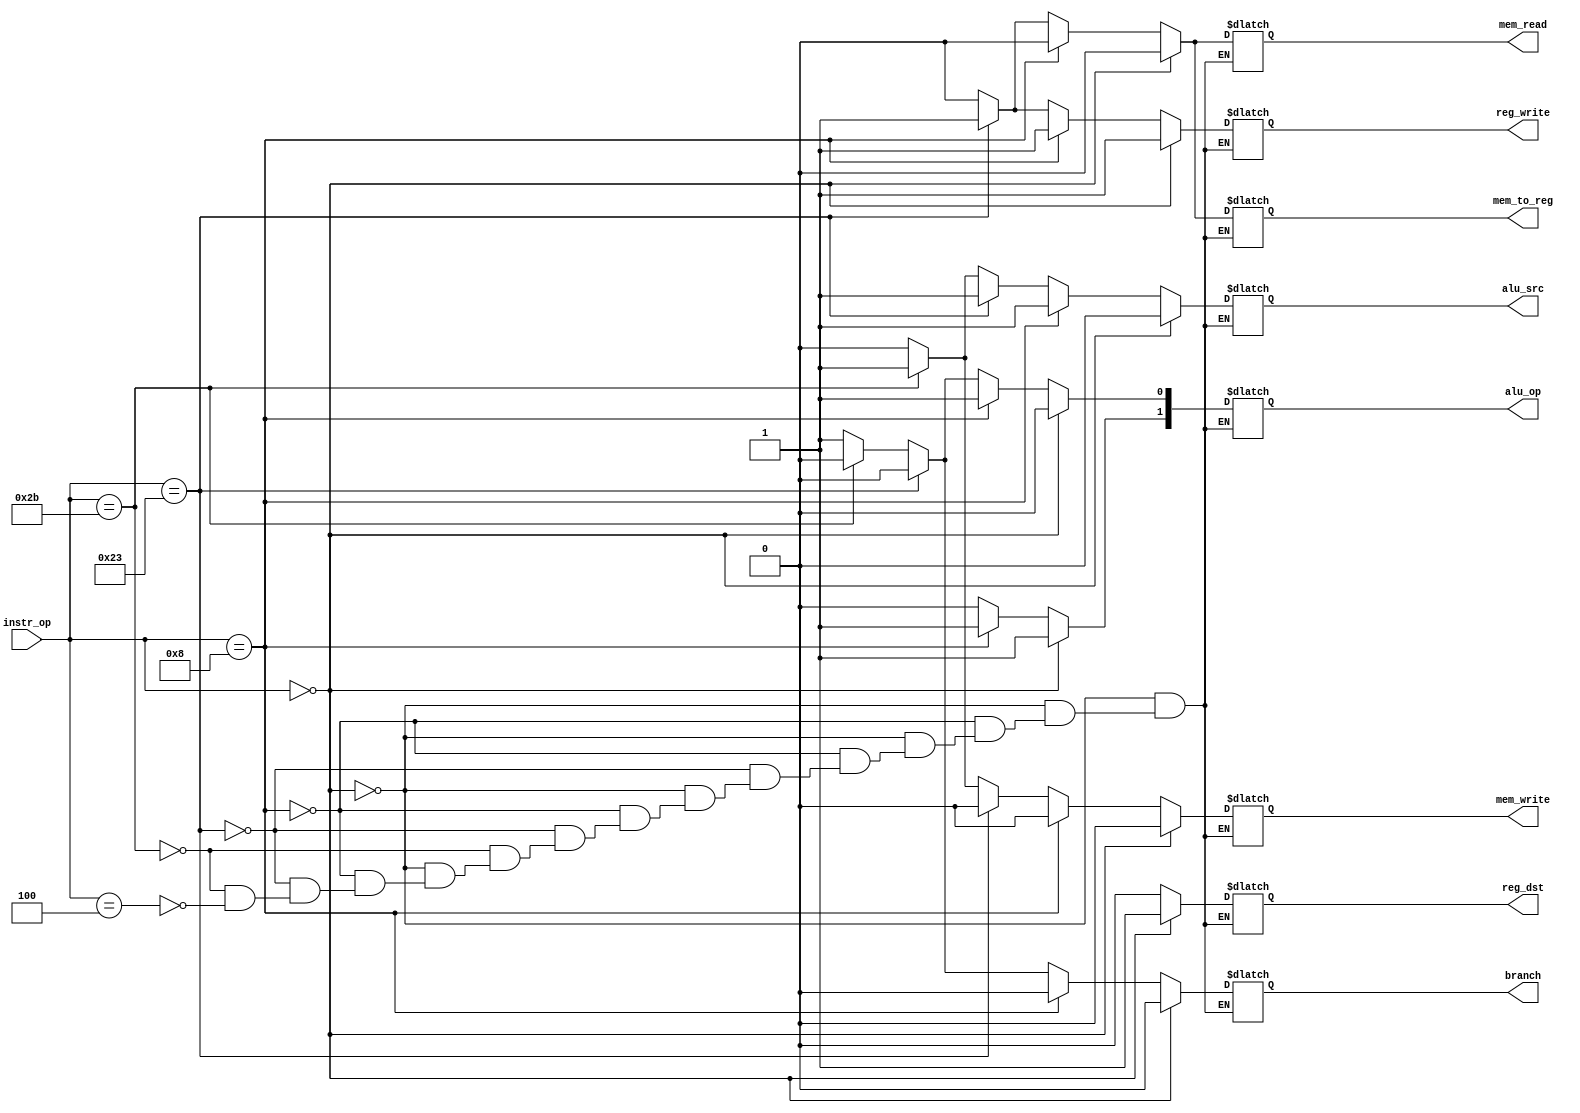
`timescale 1ns / 1ps
//////////////////////////////////////////////////////////////////////////////////
//////////////////////////////////////////////////////////////////////////////////
module control_unit (
 input wire [5:0] instr_op ,
 output wire reg_dst ,
 output wire branch ,
 output wire mem_read ,
 output wire mem_to_reg ,
 output wire [1:0] alu_op ,
 output wire mem_write ,
 output wire alu_src ,
 output wire reg_write
 );

reg[0:0] reg_dst1;
reg[0:0] branch1;
reg[0:0] mem_read1;
reg[0:0] mem_to_reg1;
reg[1:0] alu_op1;
reg[0:0] mem_write1; 
reg[0:0] alu_src1;
reg[0:0] reg_write1;
// Combinatorial Block 


always @(instr_op) begin
if(instr_op == 6'd0) // addu is same as add, nor is same too because they're r type
begin
	 reg_dst1 = 1;
	 alu_src1 = 0;
	 mem_to_reg1 = 0;
	 reg_write1 = 1;
	 mem_read1 = 0;
	 mem_write1 = 0;
	 branch1 = 0;
	 alu_op1[1] = 1;
	 alu_op1[0] = 0;
end
else if(instr_op == 6'd8) // addi - i type
begin
	 reg_dst1 = 0;
	 alu_src1 = 1;
	 mem_to_reg1 = 0;
	 reg_write1 = 1;
	 mem_read1 = 0;
	 mem_write1 = 0;
	 branch1 = 0;
	 alu_op1[1] = 1;
	 alu_op1[0] = 1;
end
else if(instr_op == 6'd35)
begin
	 reg_dst1 = 0;
	 alu_src1 = 1;
	 mem_to_reg1 = 1;
	 reg_write1 = 1;
	 mem_read1 = 1;
	 mem_write1 = 0;
	 branch1 = 0;
	 alu_op1[1] = 0;
	 alu_op1[0] = 0;
end
else if(instr_op == 6'd43)
begin
	 reg_dst1 = 0;
	 alu_src1 = 1;
	 mem_to_reg1 = 0;
	 reg_write1 = 0;
	 mem_read1 = 0;
	 mem_write1 = 1;
	 branch1 = 0;
	 alu_op1[1] = 0;
	 alu_op1[0] = 0;
end
else if(instr_op == 6'd4)
begin
	 reg_dst1 = 0;
	 alu_src1 = 0;
	 mem_to_reg1 = 0;
	 reg_write1 = 0;
	 mem_read1 = 0;
	 mem_write1 = 0;
	 branch1 = 1;
	 alu_op1[1] = 0;
	 alu_op1[0] = 1;
end
end

assign reg_dst = reg_dst1;
assign alu_src = alu_src1;
assign mem_to_reg = mem_to_reg1;
assign reg_write = reg_write1;
assign mem_read = mem_read1;
assign mem_write = mem_write1;
assign branch = branch1;
assign alu_op = alu_op1;


endmodule